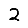
Digit: 2